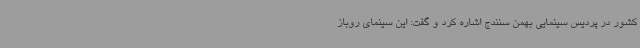
کشور در پردیس سینمایی بهمن سنندج اشاره کرد و گفت: این سینمای روباز